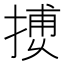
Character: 𢱿